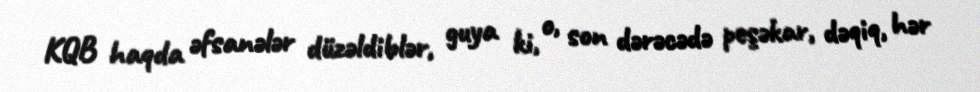
KQB haqda əfsanələr düzəldiblər, guya ki, o, son dərəcədə peşəkar, dəqiq, hər